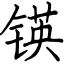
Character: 锳